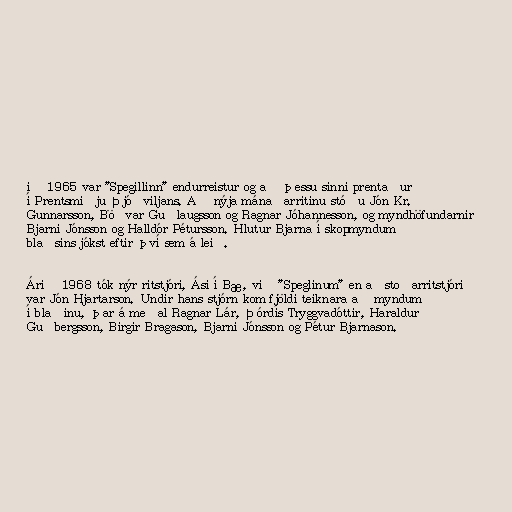
ið 1965 var "Spegillinn" endurreistur og að þessu sinni prentaður
í Prentsmiðju Þjóðviljans. Að nýja mánaðarritinu stóðu Jón Kr.
Gunnarsson, Böðvar Guðlaugsson og Ragnar Jóhannesson, og myndhöfundarnir
Bjarni Jónsson og Halldór Pétursson. Hlutur Bjarna í skopmyndum
blaðsins jókst eftir því sem á leið.

Árið 1968 tók nýr ritstjóri, Ási í Bæ, við "Speglinum" en aðstoðarritstjóri
var Jón Hjartarson. Undir hans stjórn kom fjöldi teiknara að myndum
í blaðinu, þar á meðal Ragnar Lár, Þórdís Tryggvadóttir, Haraldur
Guðbergsson, Birgir Bragason, Bjarni Jónsson og Pétur Bjarnason.